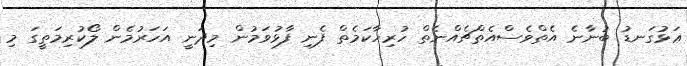
ޢަޅުގަނޑު ބުނާނެ އެތްވެސްއެތްޗެއްނެތް ހުރިހާކަމެތް ފެނި ފާޅުވަމުން މިދަނީ އަހަރުމެން ލޯކުރިމަތީގަ މި